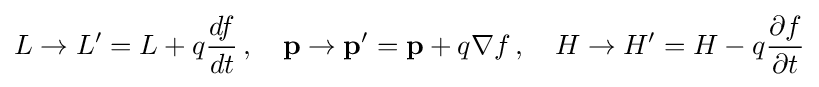
L\rightarrow L'=L+q{\frac {df}{dt}}\,,\quad \mathbf {p} \rightarrow \mathbf {p'} =\mathbf {p} +q\nabla f\,,\quad H\rightarrow H'=H-q{\frac {\partial f}{\partial t}}